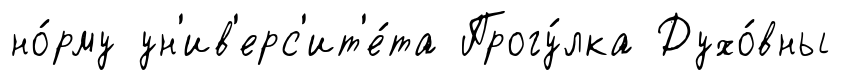
но́рму ун'ив'ерс'ит'е́та Прогу́лка Духо́вны